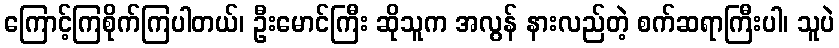
ကြောင့်ကြစိုက်ကြပါတယ်၊ ဦးမောင်ကြီး ဆိုသူက အလွန် နားလည်တဲ့ စက်ဆရာကြီးပါ၊ သူပဲ